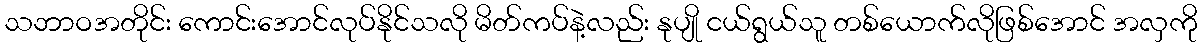
သဘာဝအတိုင်း ကောင်းအောင်လုပ်နိုင်သလို မိတ်ကပ်နဲ့လည်း နုပျို ငယ်ရွယ်သူ တစ်ယောက်လိုဖြစ်အောင် အလှကို